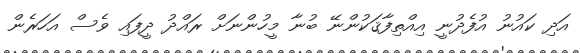
އަދި ކައުނު އުފެދުނީ އިއްތިފާޤަކުންނޭ ބުނާ މީހުންނަށް ރައްދު ދީފައި ވެސް އަހަރެން